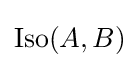
\operatorname {Iso} (A,B)